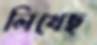
লিখেছ